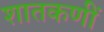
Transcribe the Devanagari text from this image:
शातकणीं